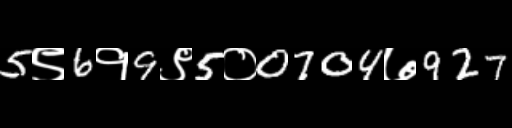
Text: 5९6१9९5०0704७927